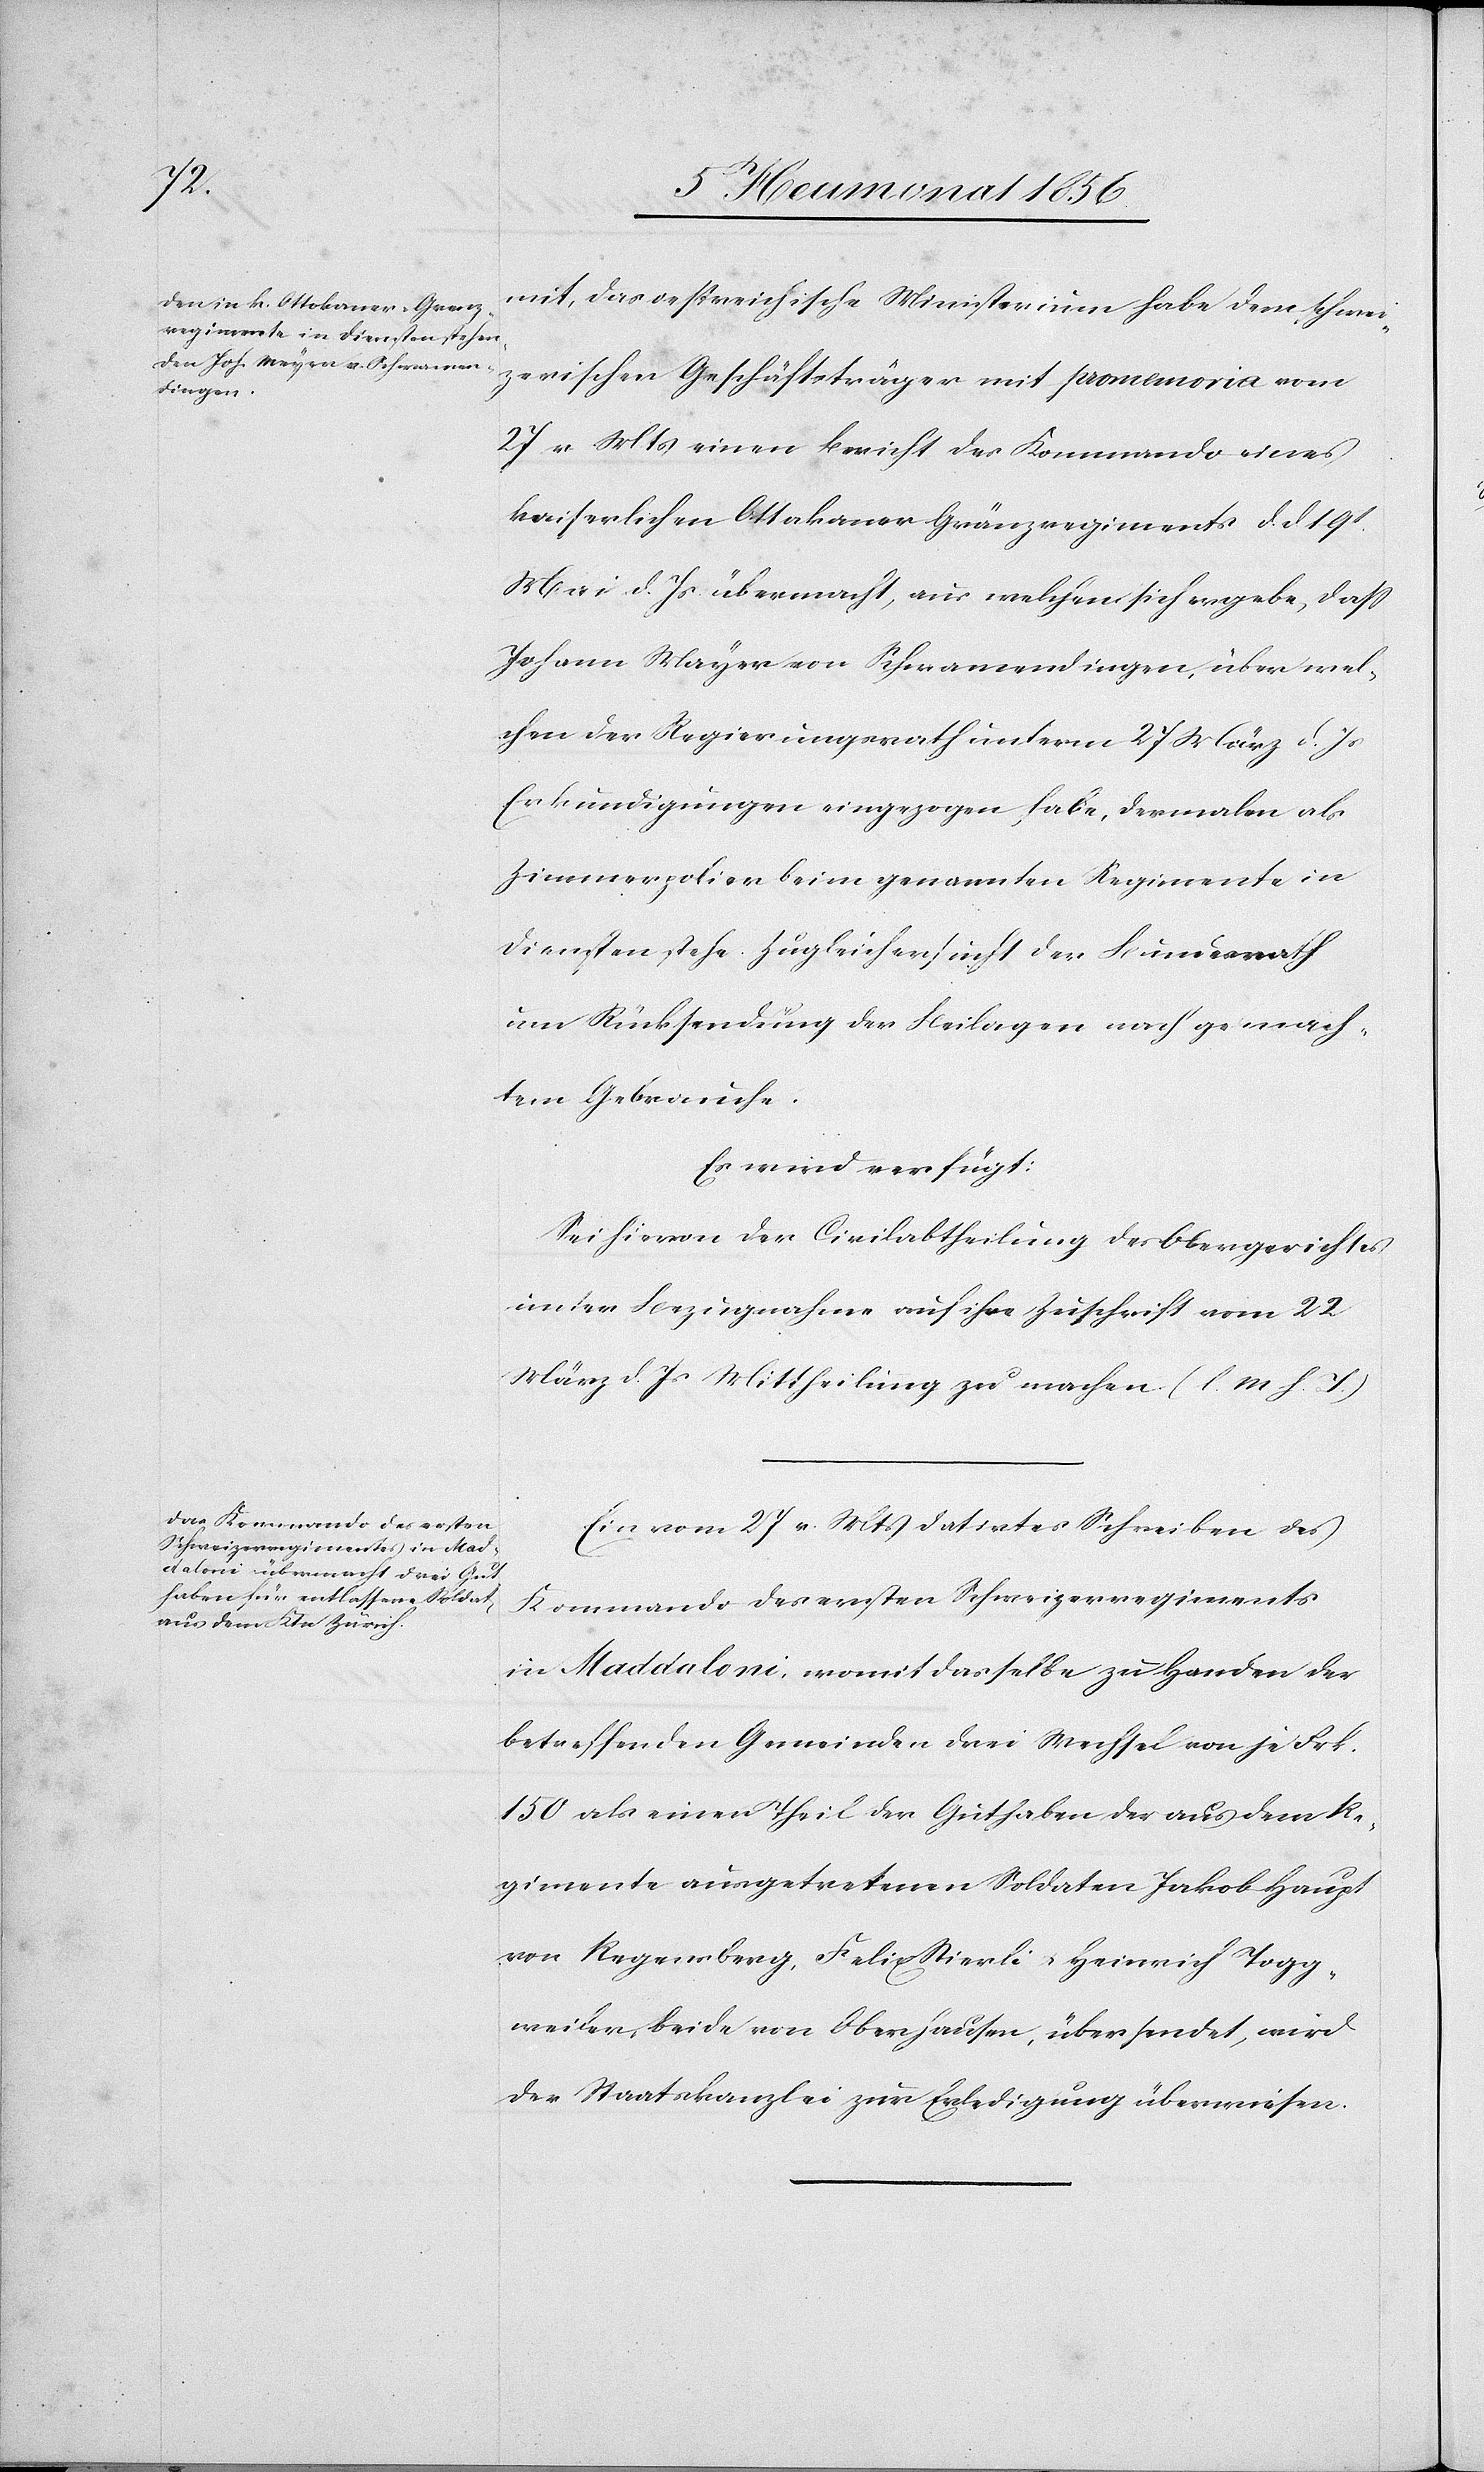
7t Heumonat 1856.]
mit, das oestreichische Ministerium habe dem schwei¬
zerischen Geschäftsträger mit promemoria vom
27 v Mts einen Bericht des Kommando eines
kaiserlichen Ottakaner [sic!] Gränzregiments [sic!]
Mai d. Js übermacht, aus welchem sich ergebe, dass
Johann Mayer [sic!] von Schwamendingen, über wel¬
chen der Regierungsrath unterm 27 März d. Js
Erkundigungen eingezogen habe, dermalen als
Zimmerpolier beim genannten Regimente in
Diensten stehe. Zugleich ersucht der Bundesrath
um Rücksendung der Beilagen nach gemach¬
tem Gebrauche.
Es wird verfügt:
Sei hievon der Civilabtheilung des Obergerichtes
unter Bezugnahme auf ihre Zuschrift vom 22
März d. Js Mittheilung zu machen. (l. M h. T.)
Ein vom 27 v. Mts datirtes Schreiben des
Kommando des ersten Schweizerregiments
in Maddaloni, womit dasselbe zu Handen der
betreffenden Gemeinden drei Wechsel von je Frk.
150 als einen Theil der Guthaben der aus dem Re¬
gimente ausgetretenen Soldaten Jakob Haupt
von Regensberg, Felix Stierli u. Heinrich Togg¬
weiler, beide von Oberhausen, übersendet, wird
der Staatskanzlei zur Erledigung überwiesen.